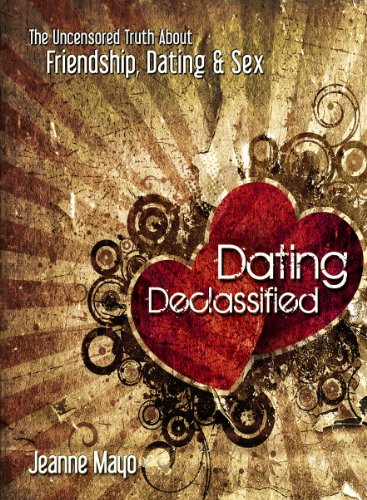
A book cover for Dating Declassified: The Uncensored Truth About Friendship, Dating and Sex; Jeanne Mayo; Teen & Young Adult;